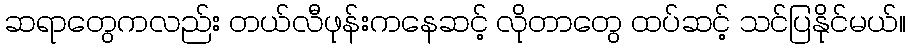
ဆရာတွေကလည်း တယ်လီဖုန်းကနေဆင့် လိုတာတွေ ထပ်ဆင့် သင်ပြနိုင်မယ်။